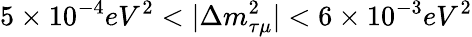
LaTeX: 5\times 10^{-4}eV^{2}<|\Delta m_{\tau\mu}^{2}|<6\times 10^{-3}eV^{2}